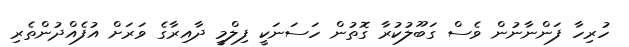
ހުރިހާ ފަންނާނުން ވެސް ގަބޫލުކުރާ ގޮތުން ހަސަނަކީ ފިލްމީ ދާއިރާގެ ވަރަށް އުފެއްދުންތެރި